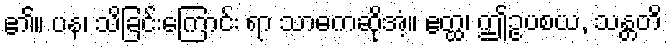
၏။ ပန၊ သိခြင်းကြောင်း ရာ သာဓကဆိုအံ့။ ဧတ္ထ၊ ဤဥပစယ, သန္တတိ